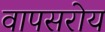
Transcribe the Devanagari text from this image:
वापसरोय